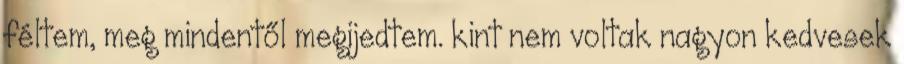
féltem, meg mindentől megijedtem. kint nem voltak nagyon kedvesek